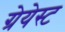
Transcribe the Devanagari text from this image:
ग्रेयेस्ट